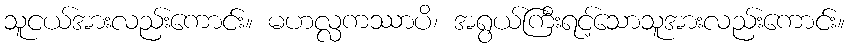
သူငယ်အားလည်းကောင်း။ မဟလ္လကဿာပိ၊ အရွယ်ကြီးရင့်သောသူအားလည်းကောင်း။